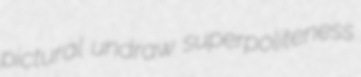
pictural undraw superpoliteness